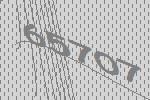
65707